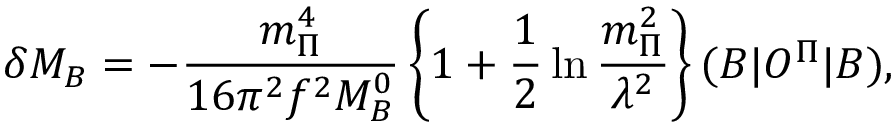
\delta M _ { B } = - \frac { m _ { \Pi } ^ { 4 } } { 1 6 \pi ^ { 2 } f ^ { 2 } M _ { B } ^ { 0 } } \left\{ 1 + \frac 1 2 \ln \frac { m _ { \Pi } ^ { 2 } } { \lambda ^ { 2 } } \right\} ( B | { \cal O } ^ { \Pi } | B ) ,